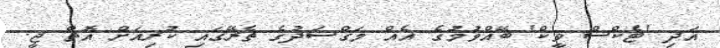
އަދި 'ޓެކްސް ވީކް' ބޭއްވުމުގެ އެއް މަޤްސަދުގެ ތެރޭގައި ކުރިއަށް އޮތް ޖީ.